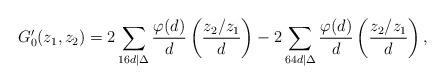
LaTeX: \begin{align*}G'_0(z_1, z_2) = 2\sum_{16d|\Delta}\frac{\varphi(d)}{d}\left(\frac{z_2/z_1}{d}\right) - 2\sum_{64d|\Delta}\frac{\varphi(d)}{d}\left(\frac{z_2/z_1}{d}\right),\end{align*}